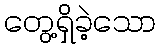
တွေ့ရှိခဲ့သော